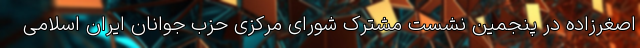
اصغرزاده در پنجمین نشست مشترک شورای مرکزی حزب جوانان ایران اسلامی